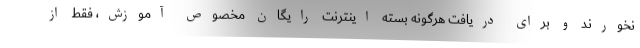
نخورند و برای دریافت هرگونه بسته اینترنت رایگان مخصوص آموزش، فقط از